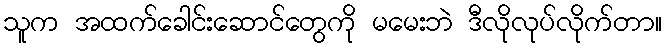
သူက အထက်ခေါင်းဆောင်တွေကို မမေးဘဲ ဒီလိုလုပ်လိုက်တာ။